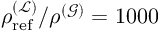
\rho _ { \mathrm { r e f } } ^ { ( \mathcal { L } ) } / \rho ^ { ( \mathcal { G } ) } = 1 0 0 0